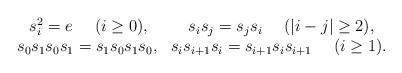
LaTeX: \begin{align*}\begin{array}{c}s_i^2=e \ \ \ \ (i\geq 0) ,\ \ \ \ \ \ \ s_is_j=s_js_i\ \ \ \ (|i-j|\geq 2),\\s_0s_1s_0s_1=s_1s_0s_1s_0, \ \ s_is_{i+1}s_i=s_{i+1}s_is_{i+1}\ \ \ \ (i\geq 1).\\\end{array}\end{align*}